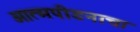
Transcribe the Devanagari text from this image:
आत्मपीडनाचा